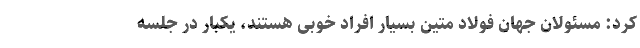
کرد: مسئولان جهان فولاد متین بسیار افراد خوبی هستند، یکبار در جلسه